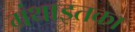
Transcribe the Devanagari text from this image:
ग्रंथाइतका